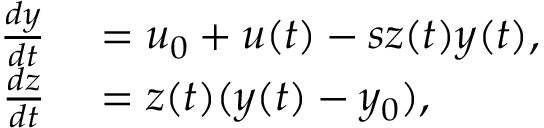
\begin{array} { r l } { \frac { d y } { d t } } & { { } = u _ { 0 } + u ( t ) - s z ( t ) y ( t ) , } \\ { \frac { d z } { d t } } & { { } = z ( t ) ( y ( t ) - y _ { 0 } ) , } \end{array}